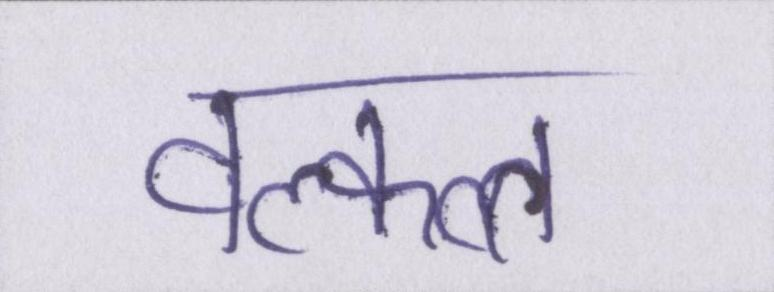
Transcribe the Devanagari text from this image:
वल्कल